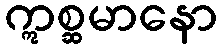
ဣစ္ဆမာနော